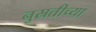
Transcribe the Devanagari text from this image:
नुस्रतीच्या